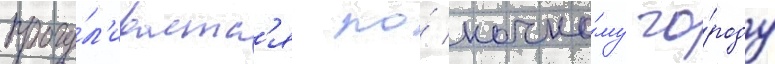
прогу́л'иваетс'я по́ ночно́му го́роду